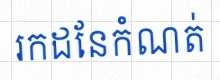
រកដែនកំណត់